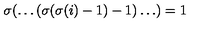
\sigma ( \dots ( \sigma ( \sigma ( i ) - 1 ) - 1 ) \dots ) = 1